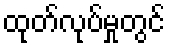
ထုတ်လုပ်မှုတွင်